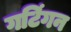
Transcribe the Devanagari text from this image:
गटिंगन